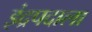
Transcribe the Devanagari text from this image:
इंद्रपदाला